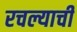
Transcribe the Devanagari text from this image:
रचल्याची